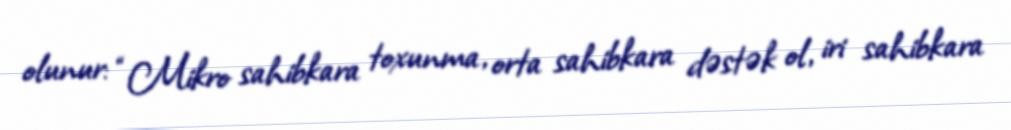
olunur: “Mikro sahibkara toxunma, orta sahibkara dəstək ol, iri sahibkara